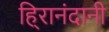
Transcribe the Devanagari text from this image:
हि्रानंदानी